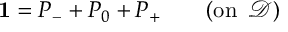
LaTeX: \mathbf { 1 } = P _ { - } + P _ { 0 } + P _ { + } \quad \quad ( \mathrm { o n \, \ } \mathcal { D } )